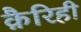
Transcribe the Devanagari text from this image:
क़ैरिही